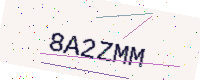
Text: 8A2ZMM